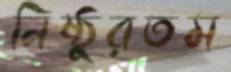
নিষ্ঠুরতম